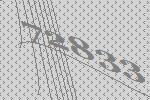
72833